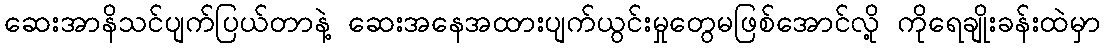
ဆေးအာနိသင်ပျက်ပြယ်တာနဲ့ ဆေးအနေအထားပျက်ယွင်းမှုတွေမဖြစ်အောင်လို့ ကိုရေချိုးခန်းထဲမှာ